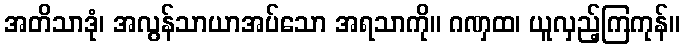
အတိသာဒုံ၊ အလွန်သာယာအပ်သော အရသာကို။ ဂဏှထ၊ ယူလှည့်ကြကုန်။